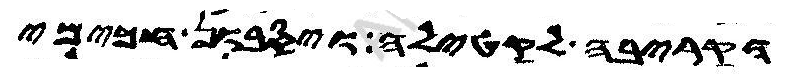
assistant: דקריבה לקטילה ויסבון חכימי